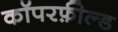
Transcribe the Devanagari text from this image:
कॉपरफ़ील्ड